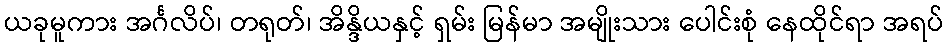
ယခုမူကား အင်္ဂလိပ်၊ တရုတ်၊ အိန္ဒိယနှင့် ရှမ်း မြန်မာ အမျိုးသား ပေါင်းစုံ နေထိုင်ရာ အရပ်